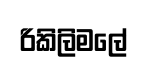
රිකිලිමලේ